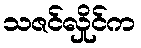
သဇင်လှိုင်က